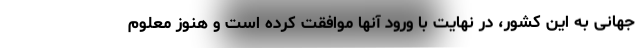
جهانی به این کشور، در نهایت با ورود آنها موافقت کرده است و هنوز معلوم